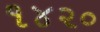
૧૪૨૦